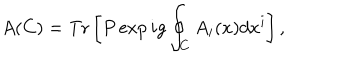
A ( C ) = \mathrm { T r } \left[ P \exp i g \oint _ { C } A _ { i } ( x ) d x ^ { i } \right] ,